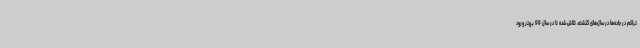
تراکم در جاده‌ها در سال‌های گذشته، تلاش شده تا در سال 99 بهتر ورود